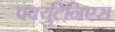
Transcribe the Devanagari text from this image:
पर्क्युटेनिएस